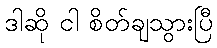
ဒါဆို ငါ စိတ်ချသွားပြီ